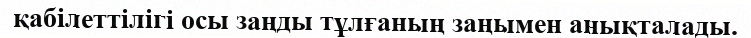
қабілеттілігі осы заңды тұлғаның заңымен анықталады.